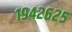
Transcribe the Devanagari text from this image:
१९४२६२५